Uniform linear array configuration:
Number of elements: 32
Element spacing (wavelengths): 0.5
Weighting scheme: binomial
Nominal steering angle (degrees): -30
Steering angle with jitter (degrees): -30.365
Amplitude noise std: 0.05
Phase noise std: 0.05

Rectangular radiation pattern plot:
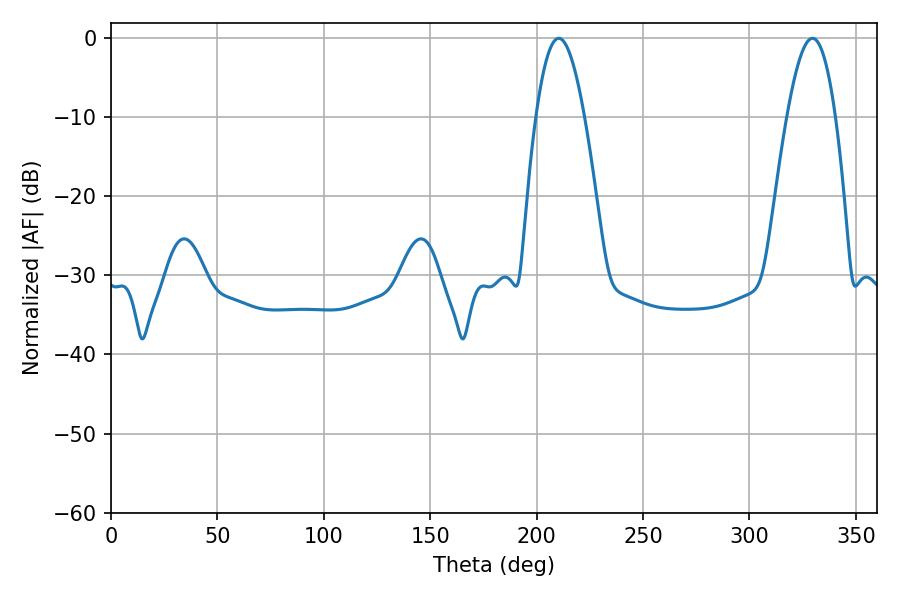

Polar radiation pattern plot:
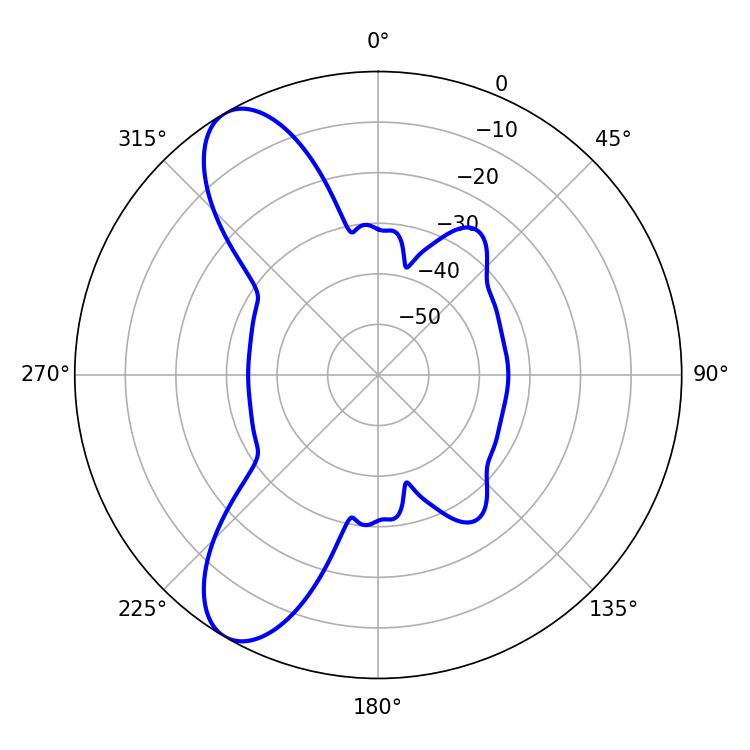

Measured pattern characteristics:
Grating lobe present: FALSE
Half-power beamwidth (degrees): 12.24
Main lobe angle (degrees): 210.42